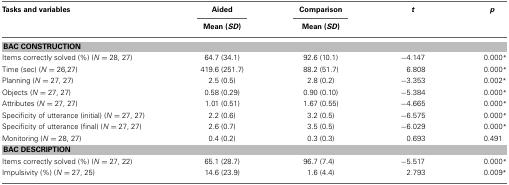
<table><thead><tr><td><b>Tasks and variables</b></td><td><b>Aided</b></td><td><b>Comparison</b></td><td><b><i>t</i></b></td><td><b><i>p</i></b></td></tr><tr><td></td><td><b>Mean (<i>SD</i>)</b></td><td><b>Mean (<i>SD</i>)</b></td><td></td><td></td></tr></thead><tbody><tr><td colspan="5"><b>BAC CONSTRUCTION</b></td></tr><tr><td>Items correctly solved (%) (<i>N</i> = 28, 27)</td><td>64.7 (34.1)</td><td>92.6 (10.1)</td><td>−4.147</td><td>0.000<sup>*</sup></td></tr><tr><td>Time (sec) (<i>N</i> = 26,27)</td><td>419.6 (251.7)</td><td>88.2 (51.7)</td><td>6.808</td><td>0.000<sup>*</sup></td></tr><tr><td>Planning (<i>N</i> = 27, 27)</td><td>2.5 (0.5)</td><td>2.8 (0.2)</td><td>−3.353</td><td>0.002<sup>*</sup></td></tr><tr><td>Objects (<i>N</i> = 27, 27)</td><td>0.58 (0.29)</td><td>0.90 (0.10)</td><td>−5.384</td><td>0.000<sup>*</sup></td></tr><tr><td>Attributes (<i>N</i> = 27, 27)</td><td>1.01 (0.51)</td><td>1.67 (0.55)</td><td>−4.665</td><td>0.000<sup>*</sup></td></tr><tr><td>Specificity of utterance (initial) (<i>N</i> = 27, 27)</td><td>2.2 (0.6)</td><td>3.2 (0.5)</td><td>−6.575</td><td>0.000<sup>*</sup></td></tr><tr><td>Specificity of utterance (final) (<i>N</i> = 27, 27)</td><td>2.6 (0.7)</td><td>3.5 (0.5)</td><td>−6.029</td><td>0.000<sup>*</sup></td></tr><tr><td>Monitoring (<i>N</i> = 28, 27)</td><td>0.4 (0.2)</td><td>0.3 (0.3)</td><td>0.693</td><td>0.491</td></tr><tr><td colspan="5"><b>BAC DESCRIPTION</b></td></tr><tr><td>Items correctly solved (%) (<i>N</i> = 27, 22)</td><td>65.1 (28.7)</td><td>96.7 (7.4)</td><td>−5.517</td><td>0.000<sup>*</sup></td></tr><tr><td>Impulsivity (%) (<i>N</i> = 27, 25)</td><td>14.6 (23.9)</td><td>1.6 (4.4)</td><td>2.793</td><td>0.009<sup>*</sup></td></tr></tbody></table>